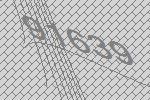
91639